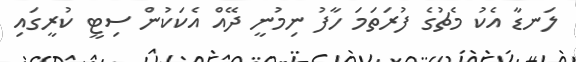
ލަނޑާ އެކު މެޗުގެ ފުރަތަމަ ހާފު ނިމުނީ ދޭއް އެކަކުން ސިޓީ ކުރީގައި